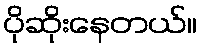
ပိုဆိုးနေတယ်။